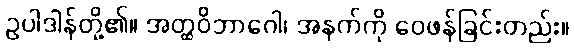
ဥပါဒါန်တို့၏။ အတ္ထဝိဘာဂေါ၊ အနက်ကို ဝေဖန်ခြင်းတည်း။